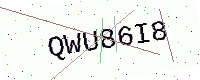
Text: QWU86I8